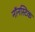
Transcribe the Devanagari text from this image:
नॉनस्टिक